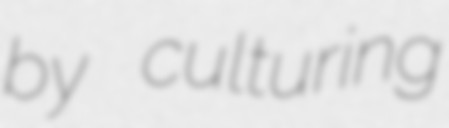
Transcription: by culturing